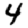
Digit: 4